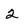
Character: 2